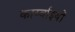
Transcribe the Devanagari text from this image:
कार्य्वाइयों